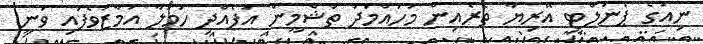
ނިއުގެ ޕެނަލްޓީ އޭރިޔާ ތެރެއިން މުހައްމަދު ތަޝްމީން އުފެއްދި ހަމަލާ އަމާޒުވެފައި ވަނީ